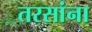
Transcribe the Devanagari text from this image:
तरसांना